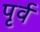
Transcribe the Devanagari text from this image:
पृर्व